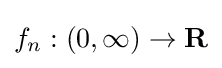
f_{n}:(0,\infty )\to \mathbf {R}